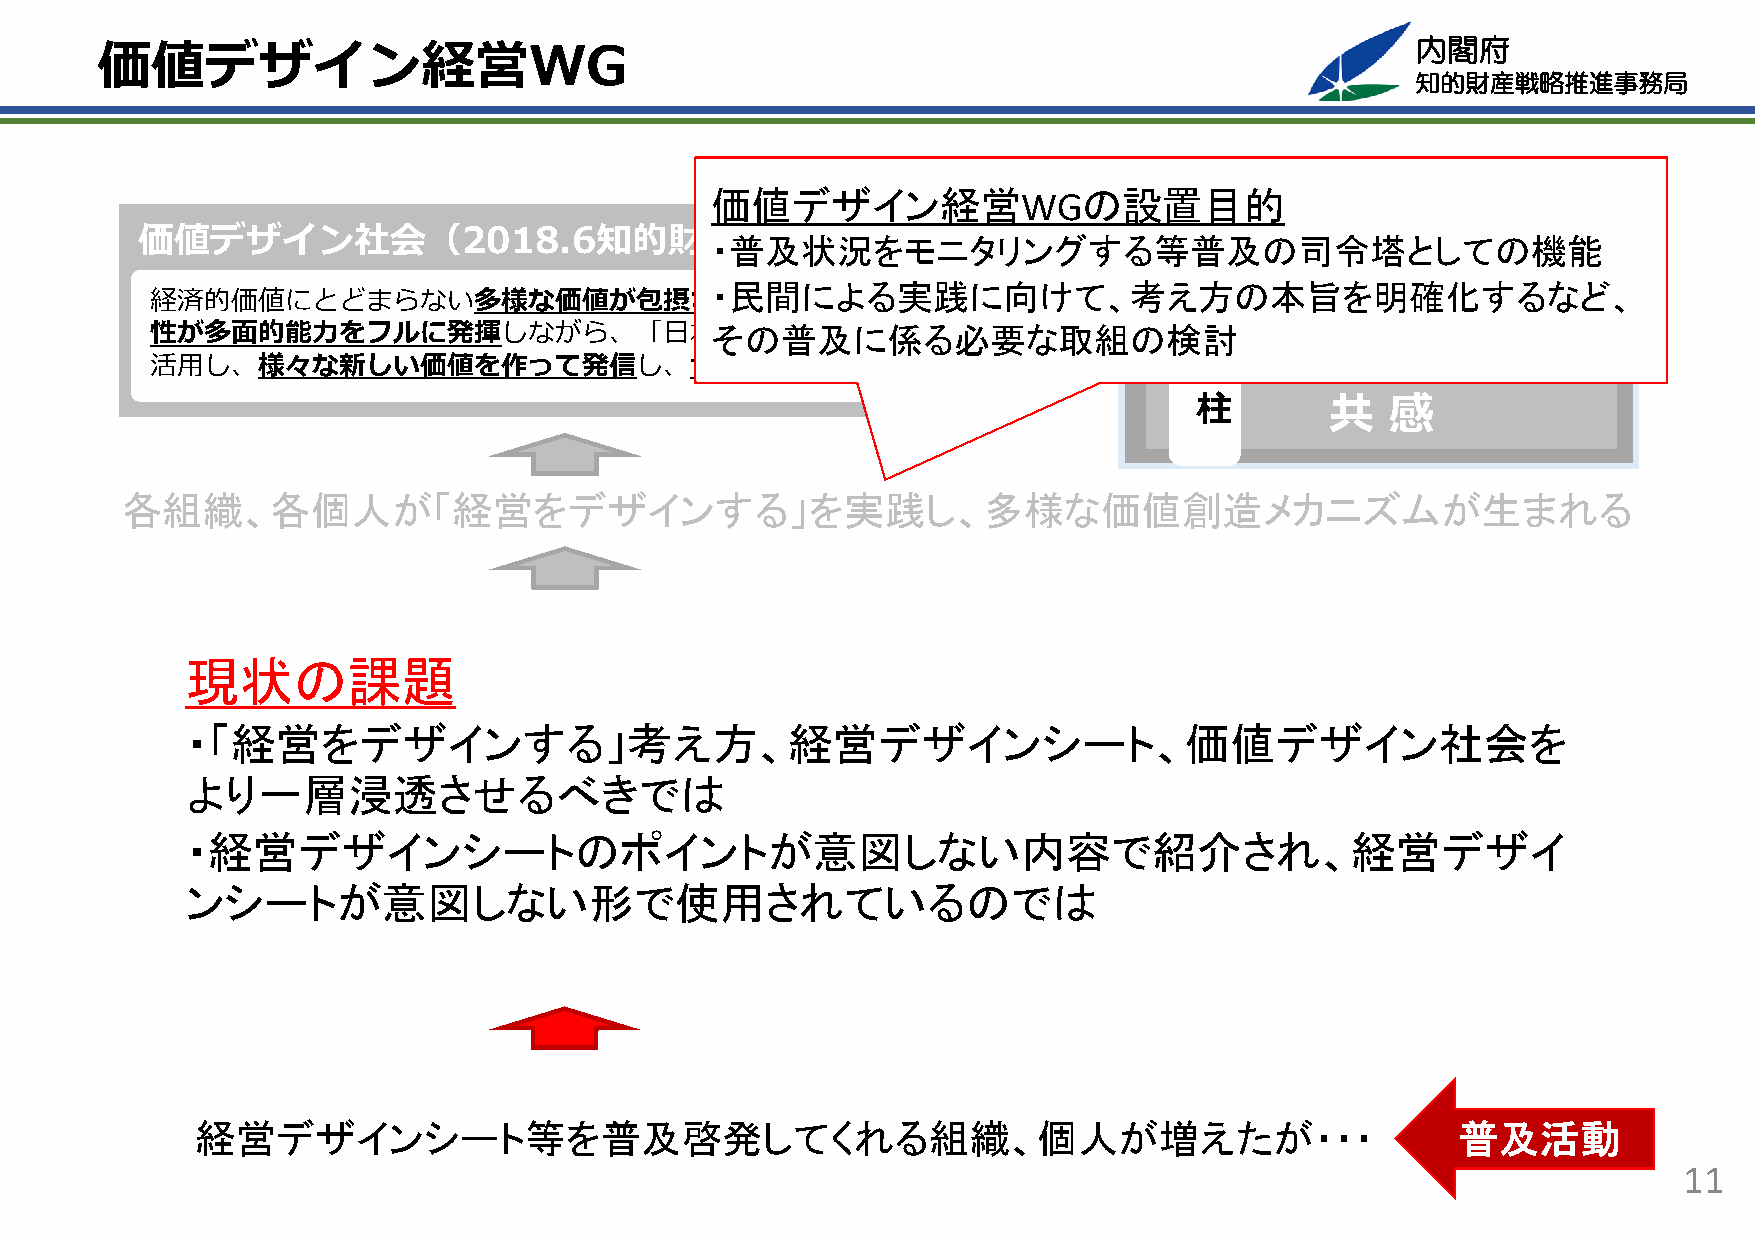
内閣府
 価値デザイン経営WG
 知的財産戦略推進事務局
 知的財産推進計画2019
 価値デザイン経営WGの設置目的
 価値デザイン社会（2018.6知的財産・普戦及略状ビ況ジをョモンニ）タリングする等普及の司令塔としての機能
 ３
 脱   平   均
 ・民間による実践に向けて、考え方の本旨を明確化するなど、
 経済的価値にとどまらない多様な価値が包摂され、そこで多様な個                                       つ
 性が多⾯的能⼒をフルに発揮しながら、「⽇本その特の徴普」及をもにう係まるく必要な取組の検討
 融   合
 の
 活⽤し、様々な新しい価値を作って発信し、世界の共感を得る社会
 柱
 共   感
 各組織、各個人が「経営をデザインする」を実践し、多様な価値創造メカニズムが生まれる
 現状の課題
 ・「経営をデザインする」考え方、経営デザインシート、価値デザイン社会を
 より一層浸透させるべきでは
 ・経営デザインシートのポイントが意図しない内容で紹介され、経営デザイ
 ンシートが意図しない形で使用されているのでは
 経営デザインシート等を普及啓発してくれる組織、個人が増えたが・・・                                                  普及活動
 11